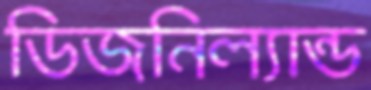
ডিজনিল্যান্ড